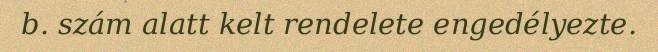
b. szám alatt kelt rendelete engedélyezte.